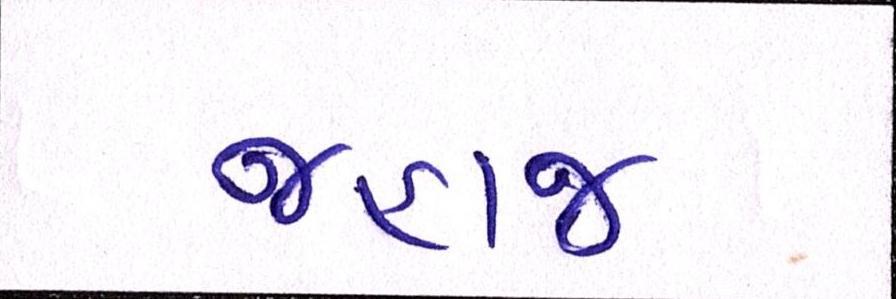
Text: જહાજ